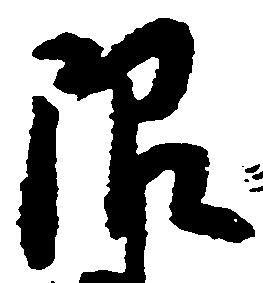
限